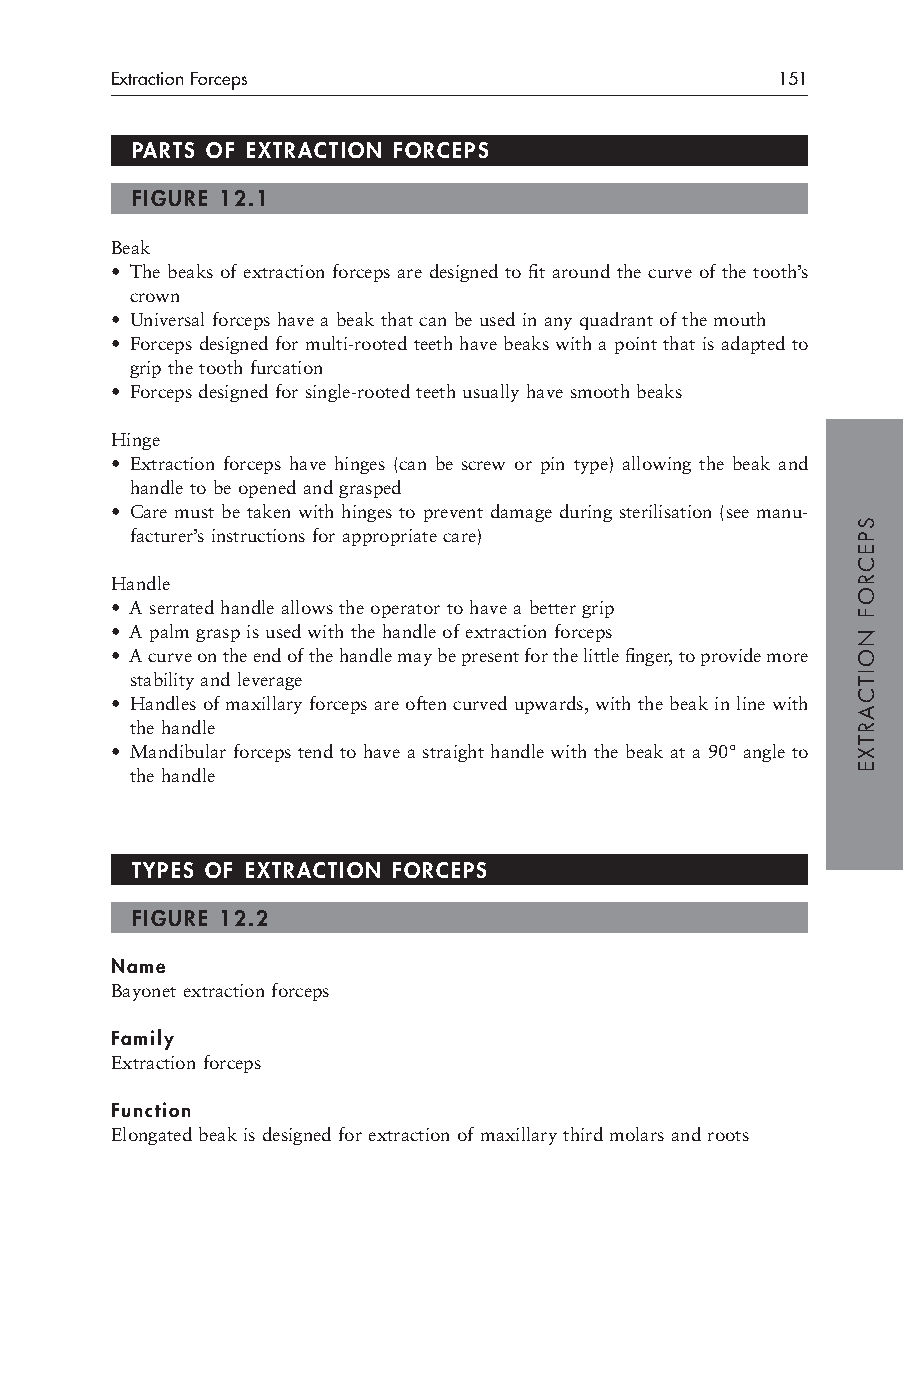
Extraction Forceps                          151
 PARTS OF EXTRACTION FORCEPS
 FIGURE 12.1
 Beak
 • The beaks of extraction forceps are designed to fit around the curve of the tooth’s
 crown
 • Universal forceps have a beak that can be used in any quadrant of the mouth
 • Forceps designed for multi-rooted teeth have beaks with a point that is adapted to
 grip the tooth furcation
 • Forceps designed for single-rooted teeth usually have smooth beaks
 Hinge
 • Extraction forceps have hinges (can be screw or pin type) allowing the beak and
 handle to be opened and grasped
 • Care must be taken with hinges to prevent damage during sterilisation (see manu-
 facturer’s instructions for appropriate care)
 Handle
 • A serrated handle allows the operator to have a better grip
 • A palm grasp is used with the handle of extraction forceps
 • A curve on the end of the handle may be present for the little finger, to provide more
 stability and leverage
 • Handles of maxillary forceps are often curved upwards, with the beak in line with
 the handle
 • Mandibular forceps tend to have a straight handle with the beak at a 90° angle to
 the handle
 TYPES OF EXTRACTION FORCEPS
 FIGURE 12.2
 Name
 Bayonet extraction forceps
 Family
 Extraction forceps
 Function
 Elongated beak is designed for extraction of maxillary third molars and roots
 SPECROF
 NOITCARTXE